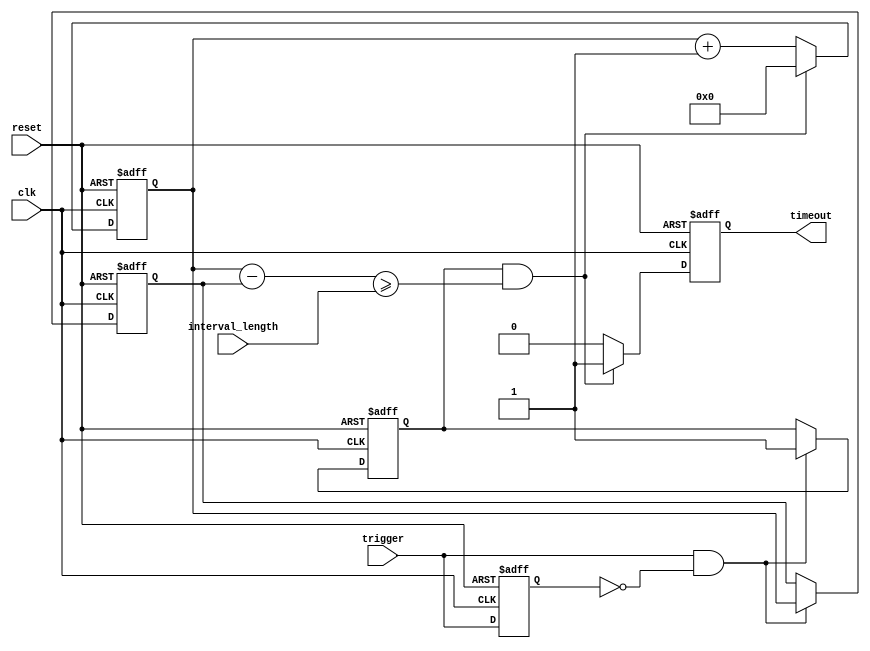
module Interval_timer (
    input wire clk,
    input wire reset,
    input wire trigger,
    input wire [31:0] interval_length,
    output reg timeout
);

reg [31:0] counter;
reg trigger_edge, trigger_prev;
reg [31:0] interval_start;

always @(posedge clk or posedge reset) begin
    if (reset) begin
        counter <= 0;
        trigger_edge <= 0;
        trigger_prev <= 0;
        interval_start <= 0;
        timeout <= 0;
    end else begin
        if (trigger && !trigger_prev) begin
            trigger_edge <= 1;
            interval_start <= counter;
        end
        trigger_prev <= trigger;
        
        if (trigger_edge && (counter - interval_start >= interval_length)) begin
            timeout <= 1;
            counter <= 0;
        end else begin
            counter <= counter + 1;
            timeout <= 0;
        end
    end
end

endmodule